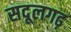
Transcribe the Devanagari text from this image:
सदूलगढ़